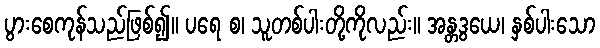
ပွားစေကုန်သည်ဖြစ်၍။ ပရေ စ၊ သူတစ်ပါးတို့ကိုလည်း။ အန္တဒွယေ၊ နှစ်ပါးသော